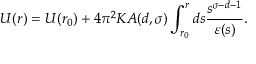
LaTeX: U ( r ) = U ( r _ { 0 } ) + 4 \pi ^ { 2 } K A ( d , \sigma ) \int _ { r _ { 0 } } ^ { r } d s \frac { s ^ { \sigma - d - 1 } } { \varepsilon ( s ) } .